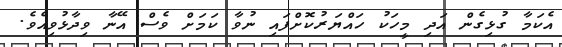
އެކަމާ ގުޅިގެން އަދި މީހަކު ހައްޔަރުކޮށްފައި ނުވާ ކަމަށް ވެސް އޭނާ ވިދާޅުވިއެވެ.